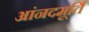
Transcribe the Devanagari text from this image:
आंनदमूर्ति